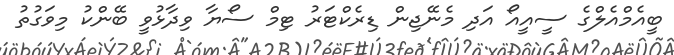
ބީއެމްއެލްގެ ސީއީއޯ އަދި މެނޭޖިން ޑިރެކްޓަރު ޓިމް ސޯޔާ ވިދާޅުވީ ބޭންކު މިވަގުތު